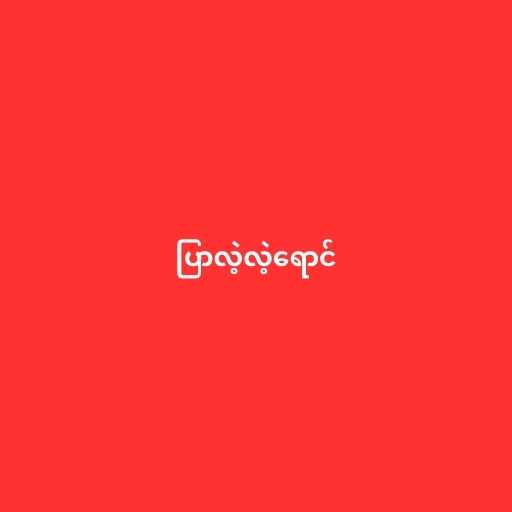
ပြာလဲ့လဲ့ရောင်